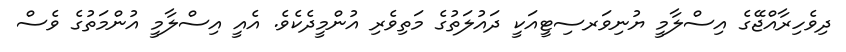
ދިވެހިރާއްޖޭގެ އިސްލާމީ ޔުނިވަރސިޓީއަކީ ދައުލަތުގެ މަތިވެރި އުންމީދެކެވެ. އެއީ އިސްލާމީ އުންމަތުގެ ވެސް